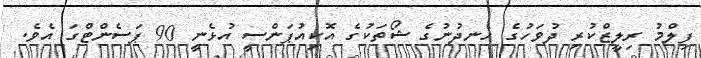
ފިލްމު ރިލީޒްކުރި ދުވަހުގެ ހެނދުނުގެ ޝޯތަކުގެ އޮކިއުޕަންސީ އުޅެނީ 90 ޕަސެންޓްގަ އެވެ.